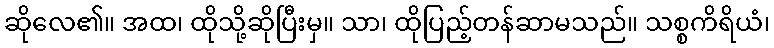
ဆိုလေ၏။ အထ၊ ထိုသို့ဆိုပြီးမှ။ သာ၊ ထိုပြည့်တန်ဆာမသည်။ သစ္စကိရိယံ၊